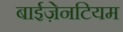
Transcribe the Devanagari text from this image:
बाईज़ेनटियम